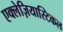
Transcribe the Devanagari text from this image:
एक्लेज़ियास्टिकल